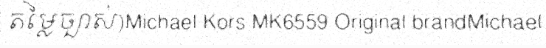
តម្លៃច្បាស់)Michael Kors MK6559 Original brandMichael